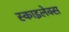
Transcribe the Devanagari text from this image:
स्काइलेक्स